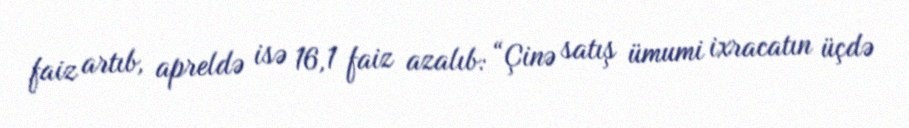
faiz artıb, apreldə isə 16,1 faiz azalıb: “Çinə satış ümumi ixracatın üçdə